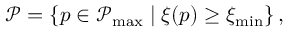
\mathcal { P } = \left\{ p \in \mathcal { P } _ { \operatorname* { m a x } } \mid \xi ( p ) \geq \xi _ { \operatorname* { m i n } } \right\} ,